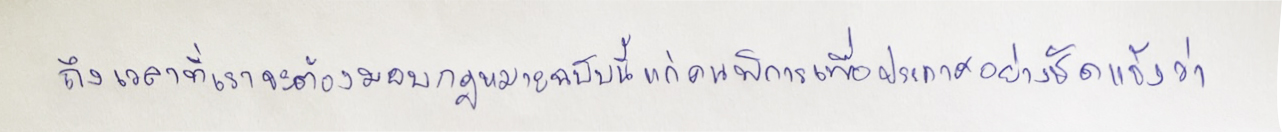
ถึงเวลาที่เราจะต้องมอบกฎหมายฉบับนี้แก่คนพิการเพื่อประกาศอย่างชัดแจ้งว่า